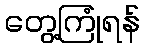
တွေ့ကြုံရန်